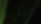
الشفرات